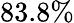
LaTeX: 83.8\%